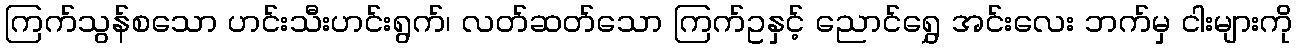
ကြက်သွန်စသော ဟင်းသီးဟင်းရွက်၊ လတ်ဆတ်သော ကြက်ဥနှင့် ညောင်ရွှေ အင်းလေး ဘက်မှ ငါးများကို